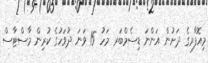
މިއޮފާރގެ ދަށުން އަންނަ ޑިސެމްބަރ މަހު 15 ވަނަ ދުވަހުގެ ކުރިން މާސްޓާސް